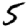
Digit: 5